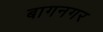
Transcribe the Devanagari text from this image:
बागनगर